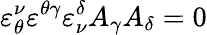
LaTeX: \varepsilon_{\theta}^{\nu}\varepsilon^{\theta\gamma}\varepsilon_{\nu}^{\delta}A_{\gamma}A_{\delta}=0